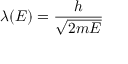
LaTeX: \lambda ( E ) = { \frac { h } { \sqrt { 2 m E } } }